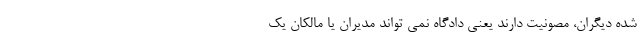
شده دیگران، مصونیت دارند یعنی دادگاه نمی تواند مدیران یا مالکان یک